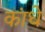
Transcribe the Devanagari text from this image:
कांधे